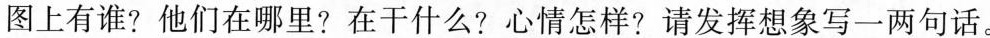
图上有谁？他们在哪里？在干什么？心情怎样？请发挥想象写一两句话。